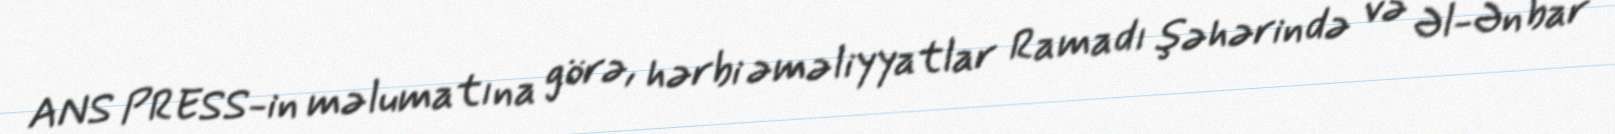
ANS PRESS-in məlumatına görə, hərbi əməliyyatlar Ramadı şəhərində və Əl-Ənbar